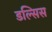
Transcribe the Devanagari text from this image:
डल्सिस